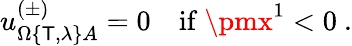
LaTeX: u_{\Omega\{ \mathsf{T},\lambda\} A}^{(\pm)}=0\quad\mathrm{{if~}}\pmx^{1}<0\ .